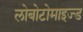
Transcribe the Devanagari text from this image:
लोबोटोमाइज्ड